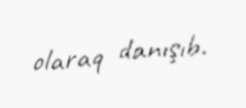
olaraq danışıb.